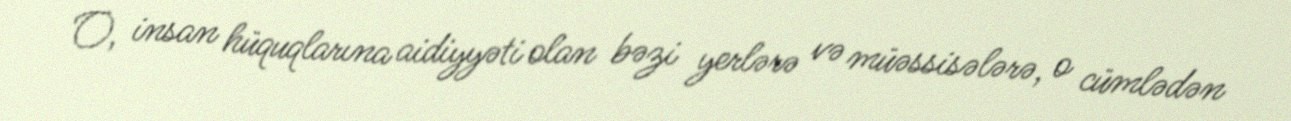
O, insan hüquqlarına aidiyyəti olan bəzi yerlərə və müəssisələrə, o cümlədən